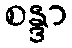
စန္ဒာ